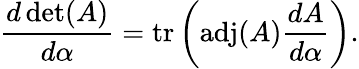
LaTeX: {\frac{d\operatorname*{det}(A)}{d\alpha}}=\operatorname{tr}\left(\operatorname{adj}(A){\frac{dA}{d\alpha}}\right).